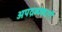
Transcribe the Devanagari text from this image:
अपद्रव्यकारी